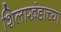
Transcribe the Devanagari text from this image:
शिलाखंडाच्या